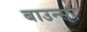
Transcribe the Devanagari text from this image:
बाउन्सर